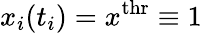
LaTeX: {{x}}_{i}(t_{i})={{x}}^{\mathrm{thr}}\equiv 1